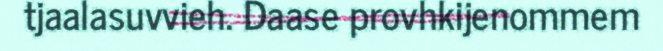
tjaalasuvvieh. Daase provhkijenommem